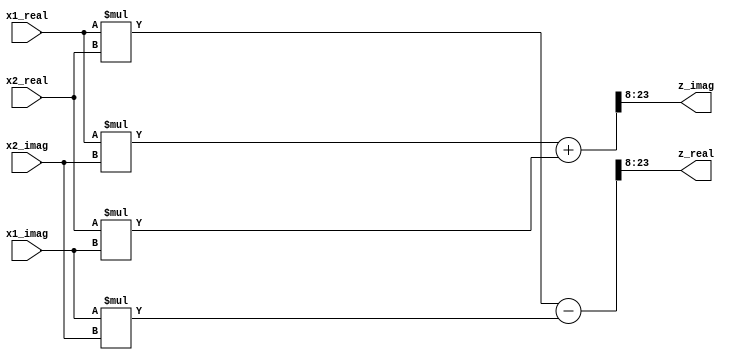
module complex_multiplier #
	(
	parameter N = 16,
	parameter Q = 8
	)
	(
	input signed  [N-1:0] x1_real,
	input signed  [N-1:0] x1_imag,
	input signed  [N-1:0] x2_real,
	input signed  [N-1:0] x2_imag,
	output reg signed [N-1:0] z_real,
	output reg signed [N-1:0] z_imag);

reg signed[2*N-1:0]a,b,c,d,y1,y2;

assign a = x1_real*x2_real;
assign b = x1_imag*x2_imag;
assign c = x1_real*x2_imag;
assign d = x2_real*x1_imag;

assign y1 = a-b;
assign y2 = c+d;

assign z_real = y1[23:8];
assign z_imag = y2[23:8];

endmodule